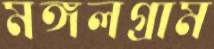
মঙ্গলগ্রাম